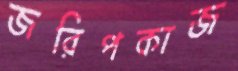
জরিপকাজ